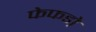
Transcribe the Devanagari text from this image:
फेफडो़